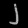
Digit: ၂